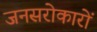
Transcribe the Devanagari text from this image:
जनसरोकारों